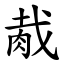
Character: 胾